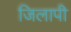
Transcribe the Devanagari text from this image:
जिलापी